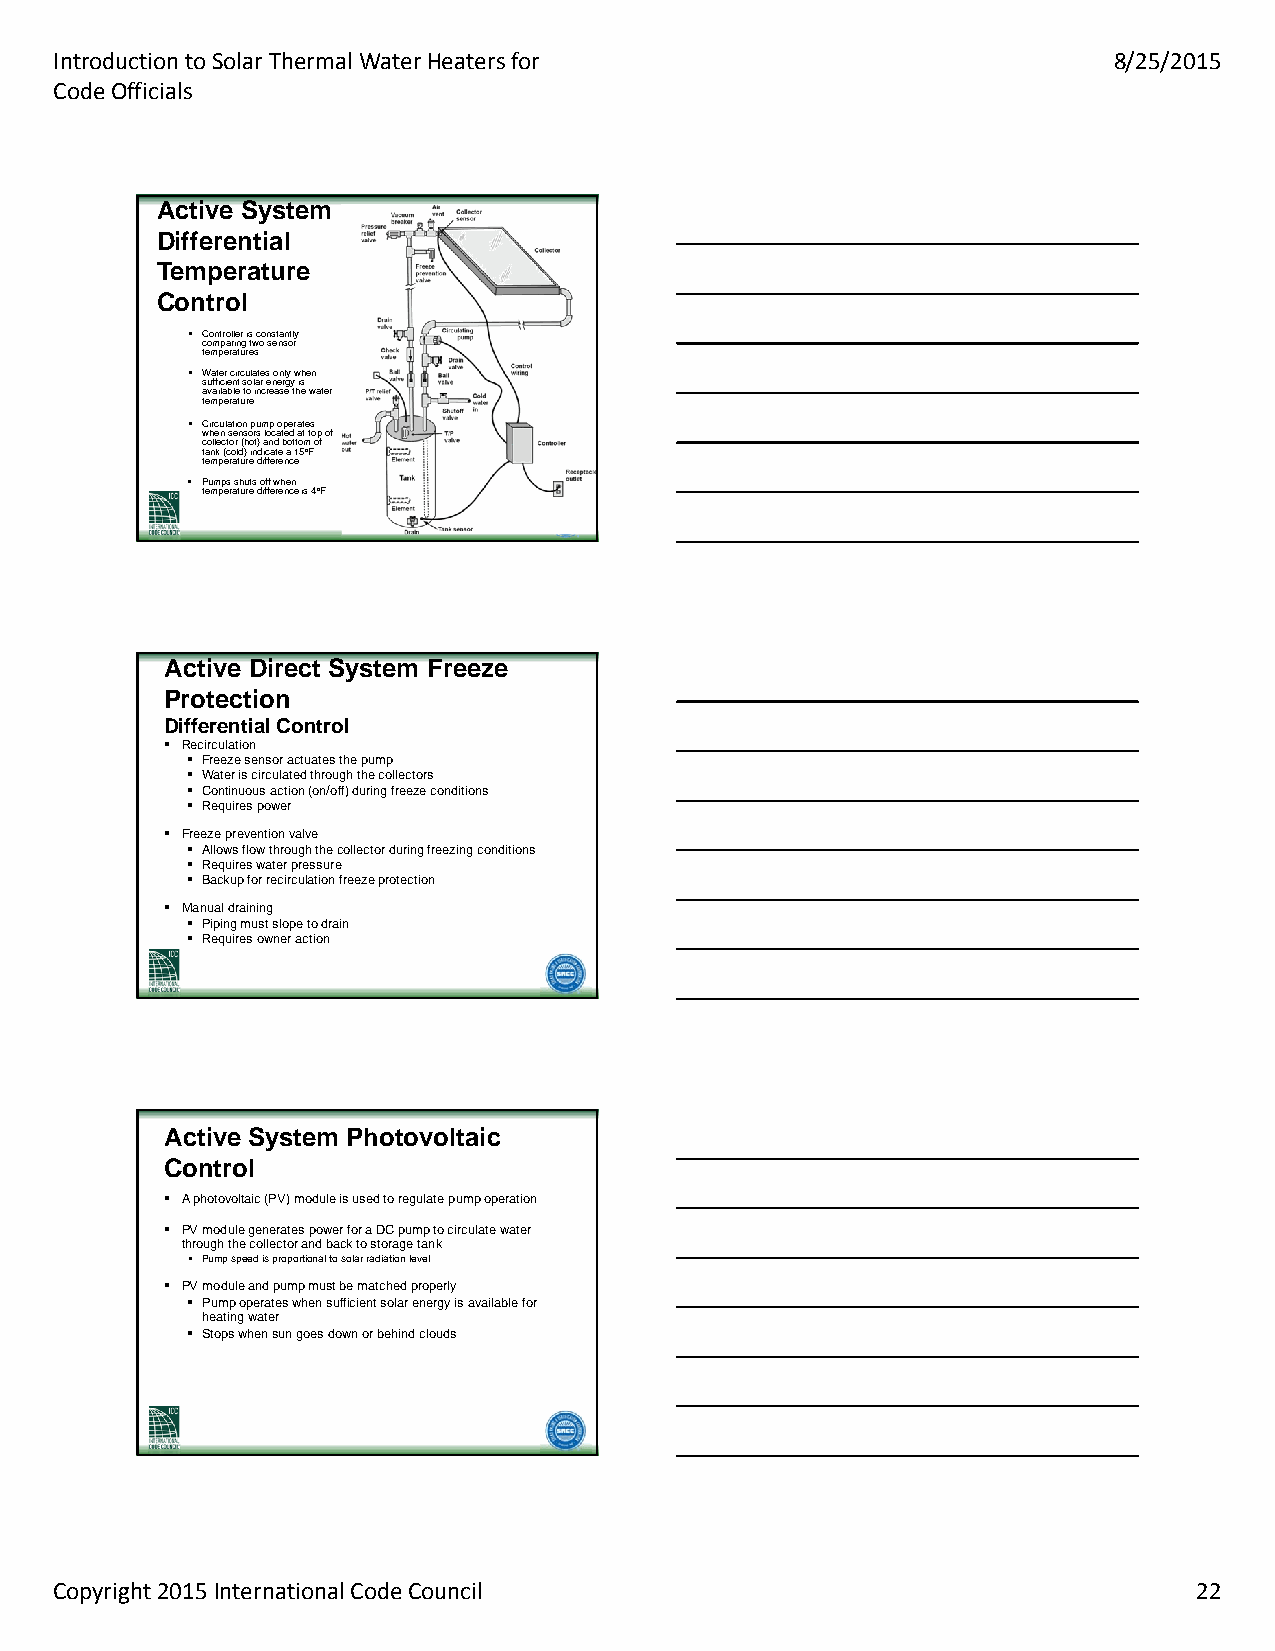
Introduction to Solar Thermal Water Heaters for                       8/25/2015
 Code Officials
 AAccttiivvee SSyysstteemm
 DDiiffffeerreennttiiaall
 TTeemmppeerraattuurree
 CCoonnttrrooll
  Controller is constantly
 comparing two sensor
 temperatures
  Water circulates only when
 sufficient solar energy is
 available to increase the water
 temperature
  Circulation pump operates
 when sensors located at top of
 collector (hot) and bottom of
 tank (cold) indicate a 15oF
 temperature difference
  Pumps shuts off when
 temperature difference is 4oF
 AAccttiivvee DDiirreecctt SSyysstteemm FFrreeeezzee
 PPrrootteeccttiioonn
 DDiiffffeerreennttiiaall CCoonnttrrooll
  Recirculation
  Freeze sensor actuates the pump
  Water is circulated through the collectors
  Continuous action (on/off) during freeze conditions
  Requires power
  Freeze prevention valve
  Allows flow through the collector during freezing conditions
  Requires water pressure
  Backup for recirculation freeze protection
  Manual draining
  Piping must slope to drain
  Requires owner action
 AAccttiivvee SSyysstteemm PPhhoottoovvoollttaaiicc
 CCoonnttrrooll
  A photovoltaic (PV) module is used to regulate pump operation
  PV module generates power for a DC pump to circulate water
 through the collector and back to storage tank
  Pump speed is proportional to solar radiation level
  PV module and pump must be matched properly
  Pump operates when sufficient solar energy is available for
 heating water
  Stops when sun goes down or behind clouds
 Copyright 2015 International Code Council                                  22